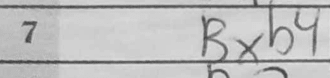
Transcription: Bxb4